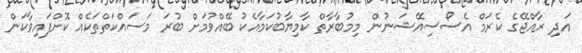
އަދި ރާއްޖޭގެ ކެރަމް އެސޯސިއޭޝަނުން މިމުބާރާތް ކާމިޔާބުކަމާއެކު ބޭއްވުމަށް ބުރަ މަސައްކަތްތަކެއް ކޮށްފައިވާކަން